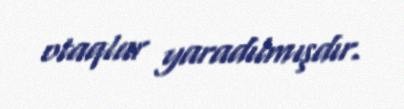
otaqlar yaradılmışdır.